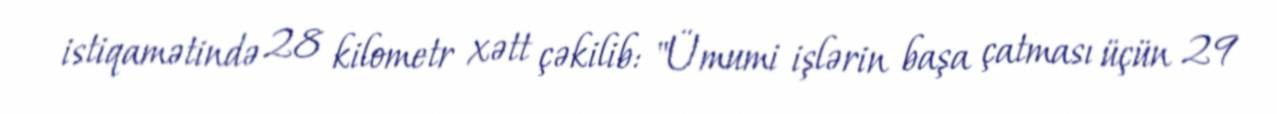
istiqamətində 28 kilometr xətt çəkilib: "Ümumi işlərin başa çatması üçün 29